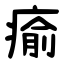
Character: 瘉